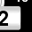
Digit: 2